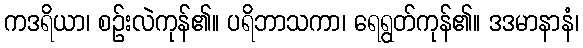
ကဒရိယာ၊ စဉ်းလဲကုန်၏။ ပရိဘာသကာ၊ ရေရွတ်ကုန်၏။ ဒဒမာနာနံ၊